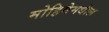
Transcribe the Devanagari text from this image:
मोहिमेमधील